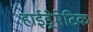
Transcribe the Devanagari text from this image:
हाईड्रेमेटिक